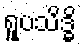
ရူပသိဒ္ဓိ